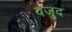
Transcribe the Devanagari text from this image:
वजुद